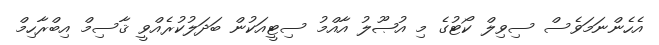
އެހެންނަމަވެސް ސިވިލް ކޯޓުގެ މި އުޞޫލު އާއްމު ސިޓީއަކުން ބަދަލުކުރެއްވީ ޤާސިމް އިބްރާހިމް